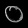
Digit: ၀